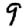
Digit: 9